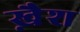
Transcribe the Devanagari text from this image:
ख़ैश